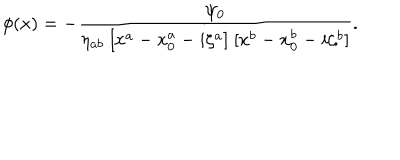
\phi ( x ) = - { \frac { \psi _ { 0 } } { \eta _ { a b } \; [ x ^ { a } - x _ { 0 } ^ { a } - i \zeta ^ { a } ] \; [ x ^ { b } - x _ { 0 } ^ { b } - i \zeta ^ { b } ] } } .